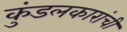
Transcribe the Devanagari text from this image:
कुंडलकारांची